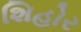
શિહોર